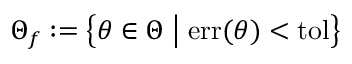
\Theta _ { f } : = \left\{ \theta \in \Theta \; \big | \; \mathrm { e r r } ( \theta ) < \mathrm { t o l } \right\}